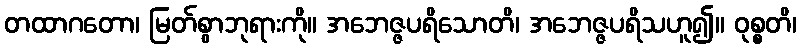
တထာဂတော၊ မြတ်စွာဘုရားကို။ အဘေဇ္ဇပရိသောတိ၊ အဘေဇ္ဇပရိသဟူ၍။ ဝုစ္စတိ၊